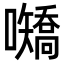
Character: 𪢤